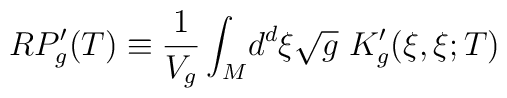
RP_g'(T) \equiv \frac{1}{V_g}\int_M\! d^d\xi\sqrt{g}\ K_g'(\xi,\xi;T)